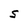
Character: S